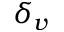
\delta _ { v }